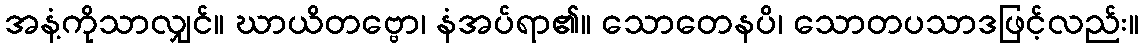
အနံ့ကိုသာလျှင်။ ဃာယိတဗ္ဗော၊ နံအပ်ရာ၏။ သောတေနပိ၊ သောတပသာဒဖြင့်လည်း။